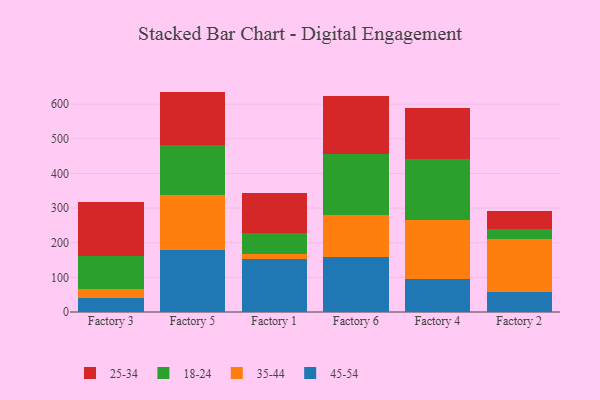
{"axis": {"x": "Factory", "y": "Bounce Rate (%)"}, "legend": ["18-24", "25-34", "35-44", "45-54"], "data": [{"x": "Factory 3", "y": 41.4, "type": "45-54"}, {"x": "Factory 3", "y": 25.5, "type": "35-44"}, {"x": "Factory 3", "y": 96.0, "type": "18-24"}, {"x": "Factory 3", "y": 153.8, "type": "25-34"}, {"x": "Factory 5", "y": 178.3, "type": "45-54"}, {"x": "Factory 5", "y": 159.4, "type": "35-44"}, {"x": "Factory 5", "y": 144.2, "type": "18-24"}, {"x": "Factory 5", "y": 154.4, "type": "25-34"}, {"x": "Factory 1", "y": 151.8, "type": "45-54"}, {"x": "Factory 1", "y": 16.6, "type": "35-44"}, {"x": "Factory 1", "y": 59.1, "type": "18-24"}, {"x": "Factory 1", "y": 117.5, "type": "25-34"}, {"x": "Factory 6", "y": 159.8, "type": "45-54"}, {"x": "Factory 6", "y": 120.5, "type": "35-44"}, {"x": "Factory 6", "y": 177.3, "type": "18-24"}, {"x": "Factory 6", "y": 166.3, "type": "25-34"}, {"x": "Factory 4", "y": 95.8, "type": "45-54"}, {"x": "Factory 4", "y": 169.6, "type": "35-44"}, {"x": "Factory 4", "y": 177.5, "type": "18-24"}, {"x": "Factory 4", "y": 147.2, "type": "25-34"}, {"x": "Factory 2", "y": 56.5, "type": "45-54"}, {"x": "Factory 2", "y": 153.3, "type": "35-44"}, {"x": "Factory 2", "y": 30.3, "type": "18-24"}, {"x": "Factory 2", "y": 51.4, "type": "25-34"}]}